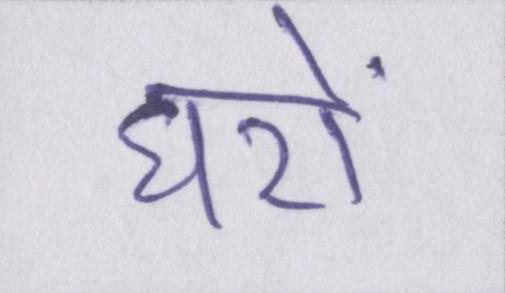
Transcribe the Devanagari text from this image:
घरों